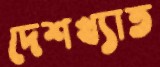
দেশখ্যাত